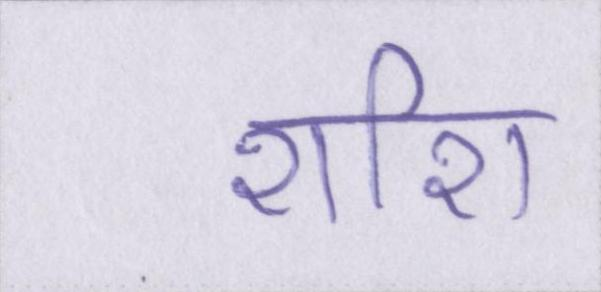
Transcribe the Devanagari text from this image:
शशि